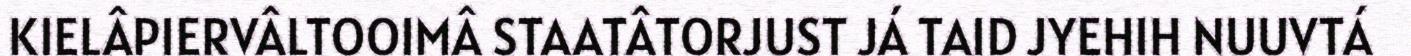
KIELÂPIERVÂLTOOIMÂ STAATÂTORJUST JÁ TAID JYEHIH NUUVTÁ